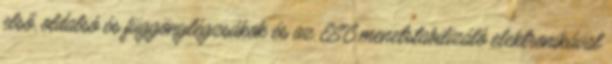
első, oldalsó és függönylégzsákok és az ESC menetstabilizáló elektronikával